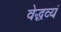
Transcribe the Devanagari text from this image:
वेद्धव्यं